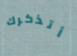
أتذكرك